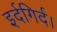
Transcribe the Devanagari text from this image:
इर्दगिर्द।